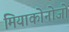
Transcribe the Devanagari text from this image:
मियाकोनोजो